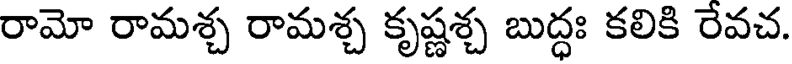
రామో రామశ్చ రామశ్చ కృష్ణశ్చ బుద్ధః కలికి రేవచ.